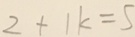
2 + 1 k = 5